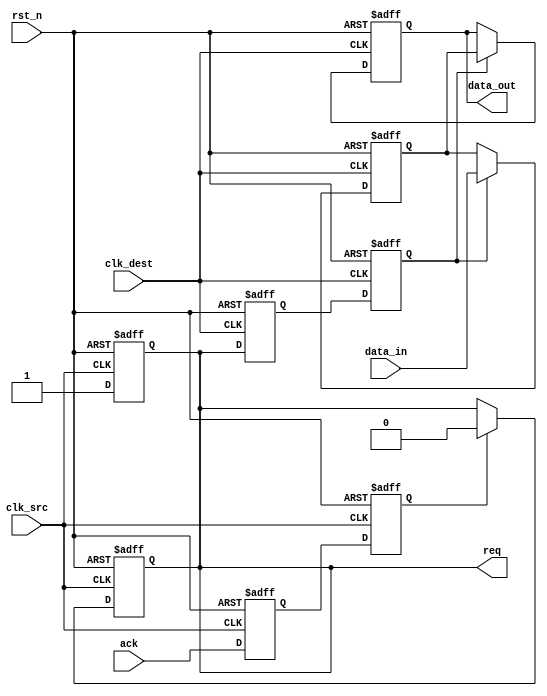
module handshake_synchronizer #(
    parameter DATA_WIDTH = 8  // Width of the data bus
)(
    input wire clk_src,        // Source clock
    input wire clk_dest,       // Destination clock
    input wire rst_n,          // Asynchronous reset (active low)
    input wire [DATA_WIDTH-1:0] data_in, // Data input from source
    output reg [DATA_WIDTH-1:0] data_out, // Data output to destination
    output reg req,            // Request signal from source
    input wire ack             // Acknowledgment signal from destination
);

    // Internal signals for synchronization
    reg req_sync_1, req_sync_2; // Synchronization registers for req
    reg ack_sync_1, ack_sync_2; // Synchronization registers for ack

    // State to hold the data in the destination clock domain
    reg [DATA_WIDTH-1:0] data_reg;

    // Generate req signal when data is valid
    always @(posedge clk_src or negedge rst_n) begin
        if (!rst_n) begin
            req <= 1'b0;
        end else begin
            req <= 1'b1; // Assert req when data is available
        end
    end

    // Synchronize req signal to the destination clock domain
    always @(posedge clk_dest or negedge rst_n) begin
        if (!rst_n) begin
            req_sync_1 <= 1'b0;
            req_sync_2 <= 1'b0;
        end else begin
            req_sync_1 <= req;
            req_sync_2 <= req_sync_1;
        end
    end

    // Data transfer logic in destination clock domain
    always @(posedge clk_dest or negedge rst_n) begin
        if (!rst_n) begin
            data_out <= {DATA_WIDTH{1'b0}};
            data_reg <= {DATA_WIDTH{1'b0}};
        end else if (req_sync_2) begin
            data_reg <= data_in; // Sample data when req is asserted
            data_out <= data_reg; // Output the sampled data
        end
    end

    // Synchronize ack signal to the source clock domain
    always @(posedge clk_src or negedge rst_n) begin
        if (!rst_n) begin
            ack_sync_1 <= 1'b0;
            ack_sync_2 <= 1'b0;
        end else begin
            ack_sync_1 <= ack;
            ack_sync_2 <= ack_sync_1;
        end
    end

    // Acknowledge logic
    always @(posedge clk_src or negedge rst_n) begin
        if (!rst_n) begin
            req <= 1'b0; // Reset req signal
        end else if (ack_sync_2) begin
            req <= 1'b0; // Clear req when ack is received
        end
    end

endmodule